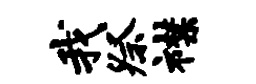
我祭襟